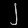
Digit: ၂